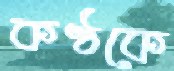
কণ্ঠকে